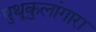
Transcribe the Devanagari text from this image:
पुथूकुलांगारा